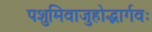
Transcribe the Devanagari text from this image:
पशुमिवाजुहोद्भार्गवः